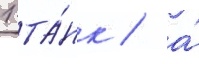
1 та́нк / а́